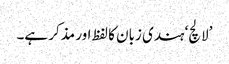
’لالچ‘ ہندی زبان کا لفظ اور مذکر ہے۔